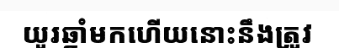
យូរឆ្នាំមកហើយនោះនឹងត្រូវ